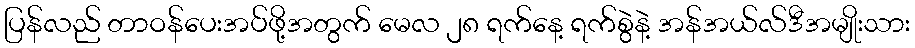
ပြန်လည် တာဝန်ပေးအပ်ဖို့အတွက် မေလ ၂၈ ရက်နေ့ ရက်စွဲနဲ့ အန်အယ်လ်ဒီအမျိုးသား